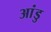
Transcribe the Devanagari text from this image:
आंडु